Report of the Indian Hemp Drugs Commission, 1894-1895 - Volume II
Year: 1894
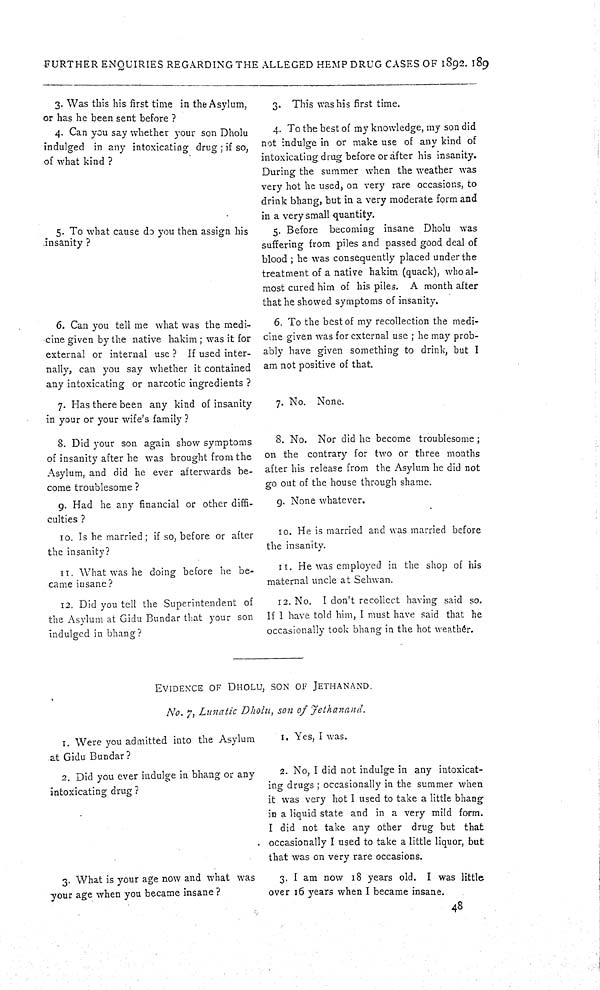
FURTHER ENQUIRIES REGARDING THE ALLEGED HEMP DRUG CASES OF 1892. 189
3. Was this his first time in the Asylum,
or has he been sent before ?
3. This was his first time.
4. Can you say whether your son Dholu
indulged in any intoxicating drug; if so,
of what kind ?
4. To the best of my knowledge, my son did
not indulge in or make use of any kind of
intoxicating drag before or after his insanity.
During the summer when the weather was
very hot he used, on very rare occasions, to
drink bhang, but in a very moderate form and
in a very small quantity.
5. To what cause do you then assign his
insanity ?
5. Before becoming insane Dholu was
suffering from piles and passed good deal of
blood; he was consequently placed under the
treatment of a native hakim (quack), who al-
most cured him of his piles. A month after
that he showed symptoms of insanity.
6. Can you tell me what was the medi-
cine given by the native hakim; was it for
external or internal use ? If used inter-
nally, can you say whether it contained
any intoxicating or narcotic ingredients ?
6. To the best of my recollection the medi-
cine given was for external use; he may prob-
ably have given something to drink, but I
am not positive of that.
7. Has there been any kind of insanity
in your or your wife's family ?
7. No. None.
8. Did your son again show symptoms
of insanity after he was brought from the
Asylum, and did he ever afterwards be-
come troublesome ?
8. No. Nor did he become troublesome;
on the contrary for two or three months
after his release from the Asylum he did not
go out of the house through shame.
9. Had he any financial or other diffi-
culties ?
9. None whatever.
10. Is he married; if so, before or after
the insanity?
10. He is married and was married before
the insanity.
11. What was he doing before he be-
came insane ?
11. He was employed in the shop of his
maternal uncle at Sehwan.
12. Did you tell the Superintendent of
the Asylum at Gidu Bundar that your son
indulged in bhang?
12. No. I don't recollect having said so.
If I have told him, I must have said that he
occasionally took bhang in the hot weather.
EVIDENCE OF DHOLU, SON OF JETHANAND.
No. 7, Lunatic Dholu, son of Jethanand.
1. Were you admitted into the Asylum
at Gidu Bundar ?
1. Yes, I was.
2. Did you ever indulge in bhang or any
intoxicating drug ?
2. No, I did not indulge in any intoxicat-
ing drugs; occasionally in the summer when
it was very hot I used to take a little bhang
IN a liquid state and in a very mild form.
I did not take any other drug but that
occasionally I used to take a little liquor, but
that was on very rare occasions.
3. What is your age now and what was
your age when you became insane ?
3. I am now 18 years old. I was little
over 16 years when I became insane.
48